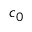
c _ { 0 }